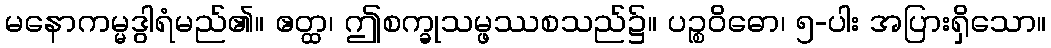
မနောကမ္မဒွါရံမည်၏။ ဧတ္ထ၊ ဤစက္ခုသမ္ဖဿစသည်၌။ ပဉ္စဝိဓော၊ ၅-ပါး အပြားရှိသော။